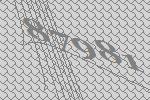
87981